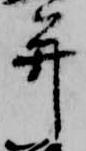
并